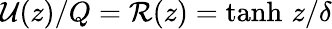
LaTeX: \mathcal{U}(z)/Q=\mathcal{R}(z)=\operatorname{tanh}\, z/\delta